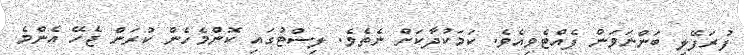
ފުރަފޭލި ބަންނަވަން ފެއްޓެވިއެވެ. ކަމަކުދާކަށް ނެތެވެ. ލިސްޓުގައި ކޮންމެހެން ކުރަން ޖެހޭ އެންމެ